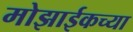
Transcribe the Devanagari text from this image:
मोझाईकच्या